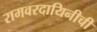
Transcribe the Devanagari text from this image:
रामवरदायिनीची